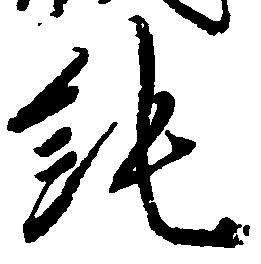
純